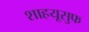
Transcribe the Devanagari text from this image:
शाहयूसुफ